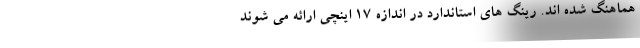
هماهنگ شده اند. رینگ های استاندارد در اندازه 17 اینچی ارائه می شوند